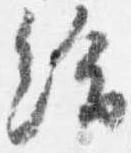
給